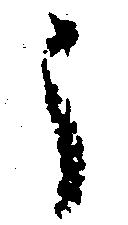
う